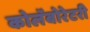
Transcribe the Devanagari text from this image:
कोलॅबोरेटरी